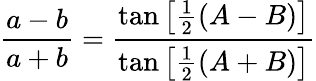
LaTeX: {\frac{a-b}{a+b}}={\frac{\tan\left[{\frac{1}{2}}(A-B)\right]}{\tan\left[{\frac{1}{2}}(A+B)\right]}}